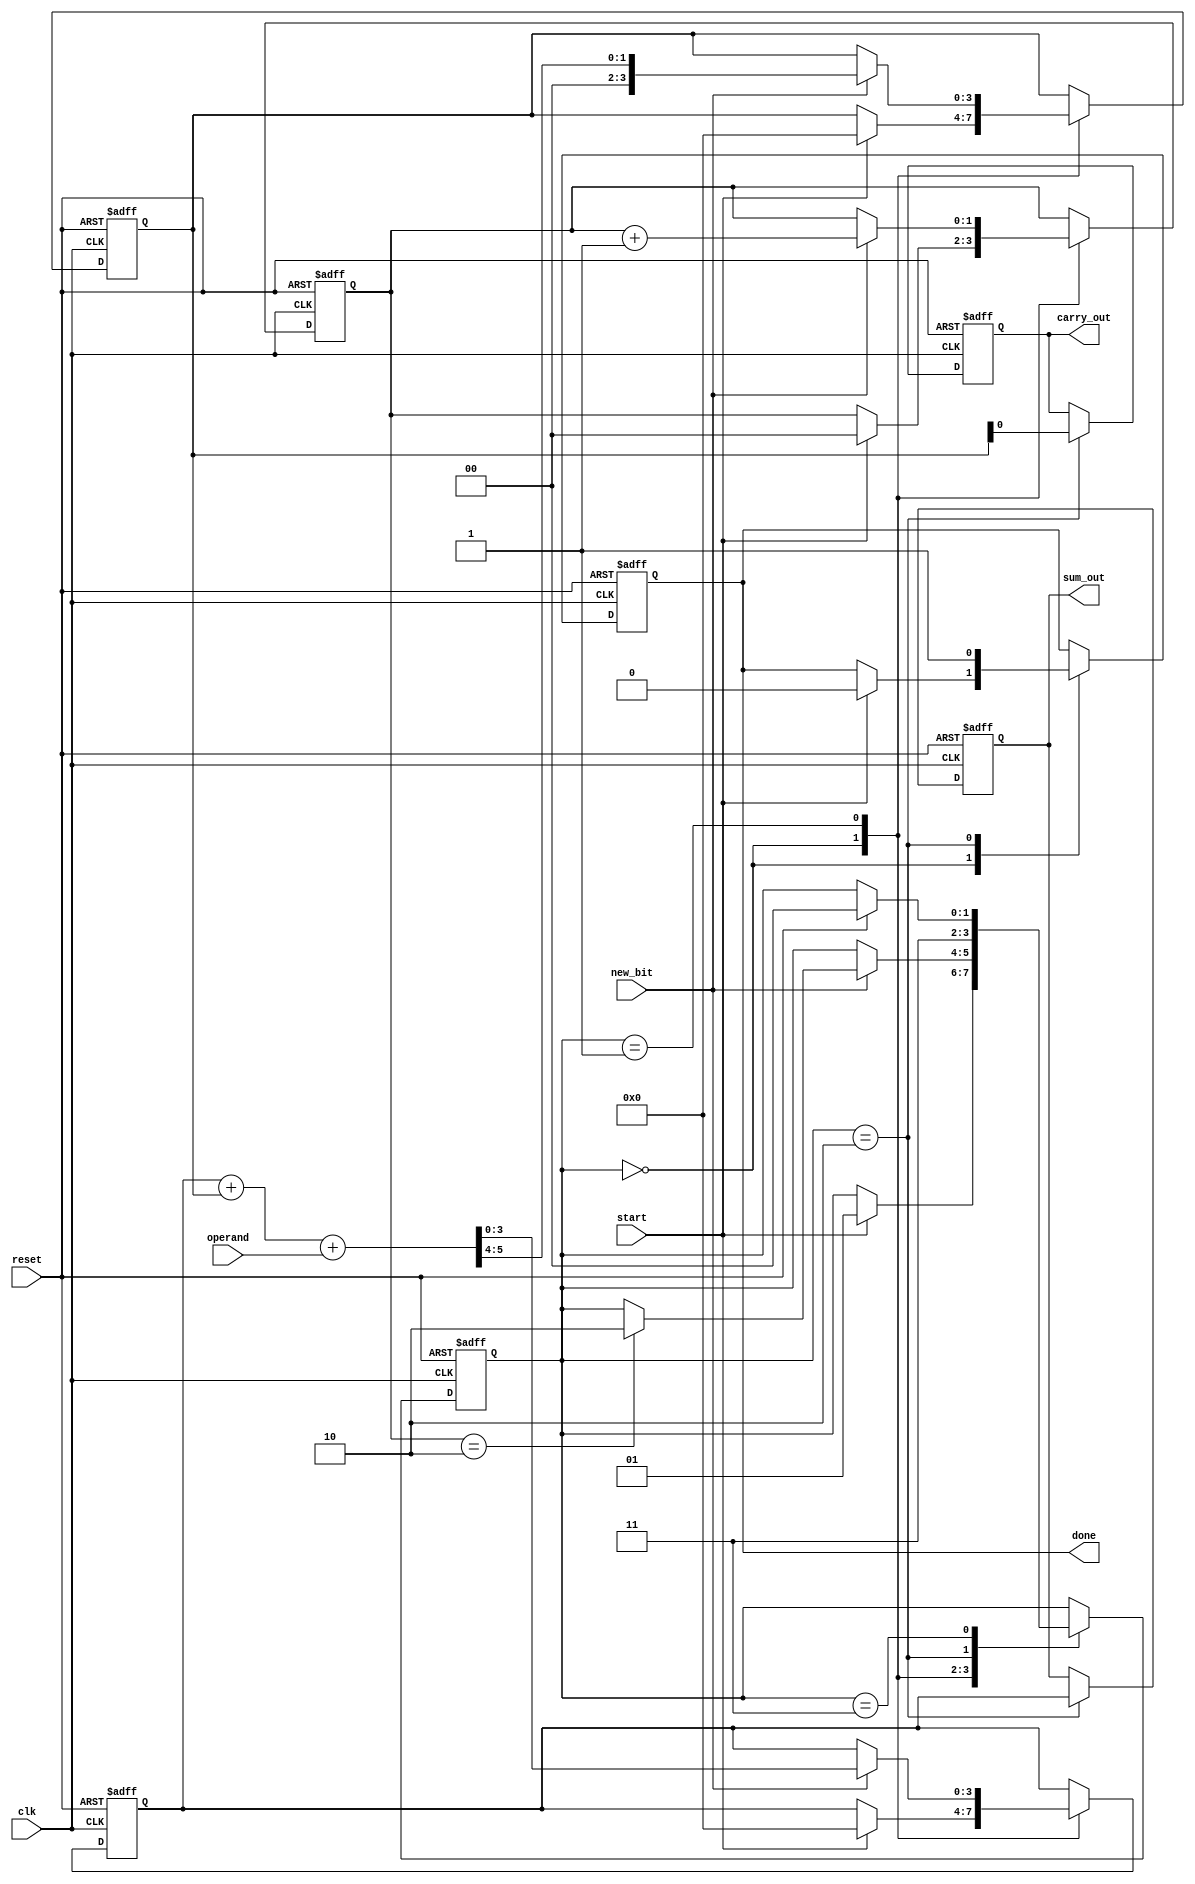
module CarrySaveAdder (
    input wire clk,               // Clock signal
    input wire reset,             // Reset signal
    input wire new_bit,           // New bit input signal
    input wire [1:0] operand,     // 2-bit operand input (for simplicity)
    input wire start,             // Start signal to begin addition
    output reg [3:0] sum_out,     // Final sum output
    output reg carry_out,         // Final carry output
    output reg done               // Done signal to indicate completion
);

    reg [3:0] sum;                // Intermediate sum
    reg [3:0] carry;              // Intermediate carry
    reg [1:0] state;              // State for FSM
    reg [1:0] count;              // Count of bits processed

    localparam IDLE = 2'b00,      // Idle state
               INPUT = 2'b01,     // Input state
               ADD = 2'b10,       // Addition state
               DONE = 2'b11;      // Done state

    // Sequential logic for state transitions
    always @(posedge clk or posedge reset) begin
        if (reset) begin
            state <= IDLE;
            sum <= 0;
            carry <= 0;
            count <= 0;
            sum_out <= 0;
            carry_out <= 0;
            done <= 0;
        end else begin
            case (state)
                IDLE: begin
                    if (start) begin
                        state <= INPUT;
                        count <= 0;
                        sum <= 0;
                        carry <= 0;
                        done <= 0;
                    end
                end

                INPUT: begin
                    if (new_bit) begin
                        // Add the new bit to the current sum and carry
                        {carry, sum} <= sum + carry + operand;
                        count <= count + 1;

                        // Transition to ADD state if all bits have been processed
                        if (count == 2) begin // Assuming 2 bits for simplicity
                            state <= ADD;
                        end
                    end
                end

                ADD: begin
                    // Finalize the output
                    sum_out <= sum;
                    carry_out <= carry[0]; // Only the least significant bit of carry
                    done <= 1;
                    state <= DONE;
                end

                DONE: begin
                    // Stay in DONE state until reset
                    if (reset) begin
                        state <= IDLE;
                    end
                end
            endcase
        end
    end
endmodule